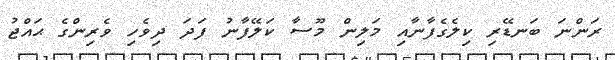
ރަންނަ ބަނޑޭރި ކިލެގެފާނާއި މަލިން މޫސާ ކަލޭފާނު ފަދަ ދިވެހި ވެރިންގެ ޙައްޖު